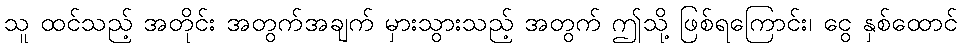
သူ ထင်သည့် အတိုင်း အတွက်အချက် မှားသွားသည့် အတွက် ဤသို့ ဖြစ်ရကြောင်း၊ ငွေ နှစ်ထောင်